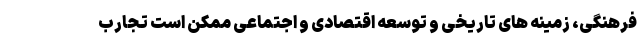
فرهنگی، زمینه های تاریخی و توسعه اقتصادی و اجتماعی ممکن است تجارب